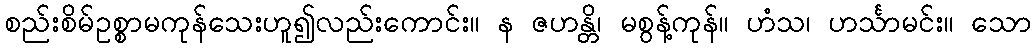
စည်းစိမ်ဥစ္စာမကုန်သေးဟူ၍လည်းကောင်း။ န ဇဟန္တိ၊ မစွန့်ကုန်။ ဟံသ၊ ဟင်္သာမင်း။ သော